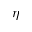
\eta